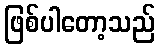
ဖြစ်ပါတော့သည်